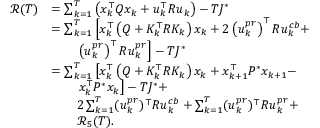
\begin{array} { r l } { \mathcal { R } ( T ) } & { = \sum _ { k = 1 } ^ { T } \left( x _ { k } ^ { \top } Q x _ { k } + u _ { k } ^ { \top } R u _ { k } \right) - T J ^ { * } } \\ & { = \sum _ { k = 1 } ^ { T } \left[ x _ { k } ^ { \top } \left( Q + K _ { k } ^ { \top } R K _ { k } \right) x _ { k } + 2 \left( u _ { k } ^ { p r } \right) ^ { \top } R u _ { k } ^ { c b } + \right. } \\ & { \qquad \left. \left( u _ { k } ^ { p r } \right) ^ { \top } R u _ { k } ^ { p r } \right] - T J ^ { * } } \\ & { = \sum _ { k = 1 } ^ { T } \left[ x _ { k } ^ { \top } \left( Q + K _ { k } ^ { \top } R K _ { k } \right) x _ { k } + x _ { k + 1 } ^ { \top } P ^ { * } x _ { k + 1 } - \right. } \\ & { \qquad \left. x _ { k } ^ { \top } P ^ { * } x _ { k } \right] - T J ^ { * } + } \\ & { \qquad 2 \sum _ { k = 1 } ^ { T } ( u _ { k } ^ { p r } ) ^ { \top } R u _ { k } ^ { c b } + \sum _ { k = 1 } ^ { T } ( u _ { k } ^ { p r } ) ^ { \top } R u _ { k } ^ { p r } + } \\ & { \qquad \mathcal { R } _ { 5 } ( T ) . } \end{array}